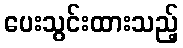
ပေးသွင်းထားသည့်